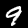
Digit: 9